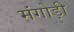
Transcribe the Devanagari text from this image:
मंगोड़ी